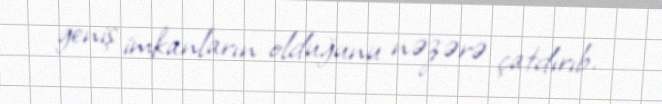
geniş imkanların olduğunu nəzərə çatdırıb.